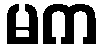
မက